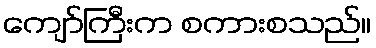
ကျော်ကြီးက စကားစသည်။